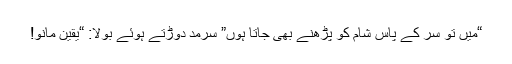
“میں تو سر کے پاس شام کو پڑھنے بھی جاتا ہوں” سرمد دوڑتے ہوئے بولا: “یقین مانو!